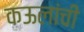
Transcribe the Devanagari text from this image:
कऊलांची